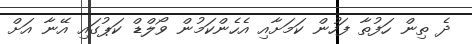
ދެ ތިން ހަފުތާ ފަހުން ކަމަށާއި އެހެންކަމުން ވޯލްޑް ކަޕުގައި އޭނާ އަށް